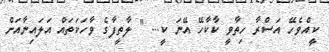
ކީއްވެހޭ އަސްރާ ހިތާވީ ކާކާހޭ އޭނަ ކީ... " ލާތީފާގެ ވާހަކަތައް އަލައިނާއަށް